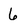
Character: 6